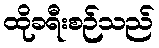
ထိုခရီးစဉ်သည်